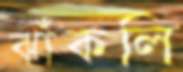
ঝাঁকলি